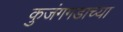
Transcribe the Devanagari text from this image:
कुजंगगडाच्या